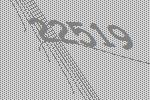
22519